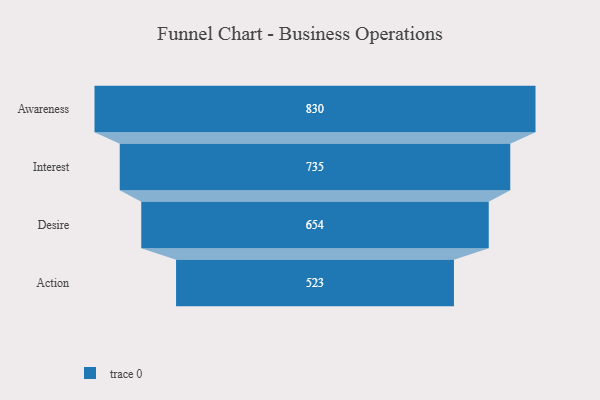
{"axis": {"x": "Stage", "y": "Value"}, "legend": [""], "data": [{"x": "Awareness", "y": 830.0, "type": ""}, {"x": "Interest", "y": 735.0, "type": ""}, {"x": "Desire", "y": 654.0, "type": ""}, {"x": "Action", "y": 523.0, "type": ""}]}